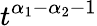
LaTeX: t^{\alpha_{1}-\alpha_{2}-1}